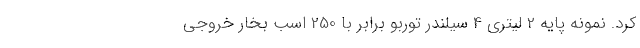
کرد. نمونه پایه 2 لیتری 4 سیلندر توربو برابر با 250 اسب بخار خروجی